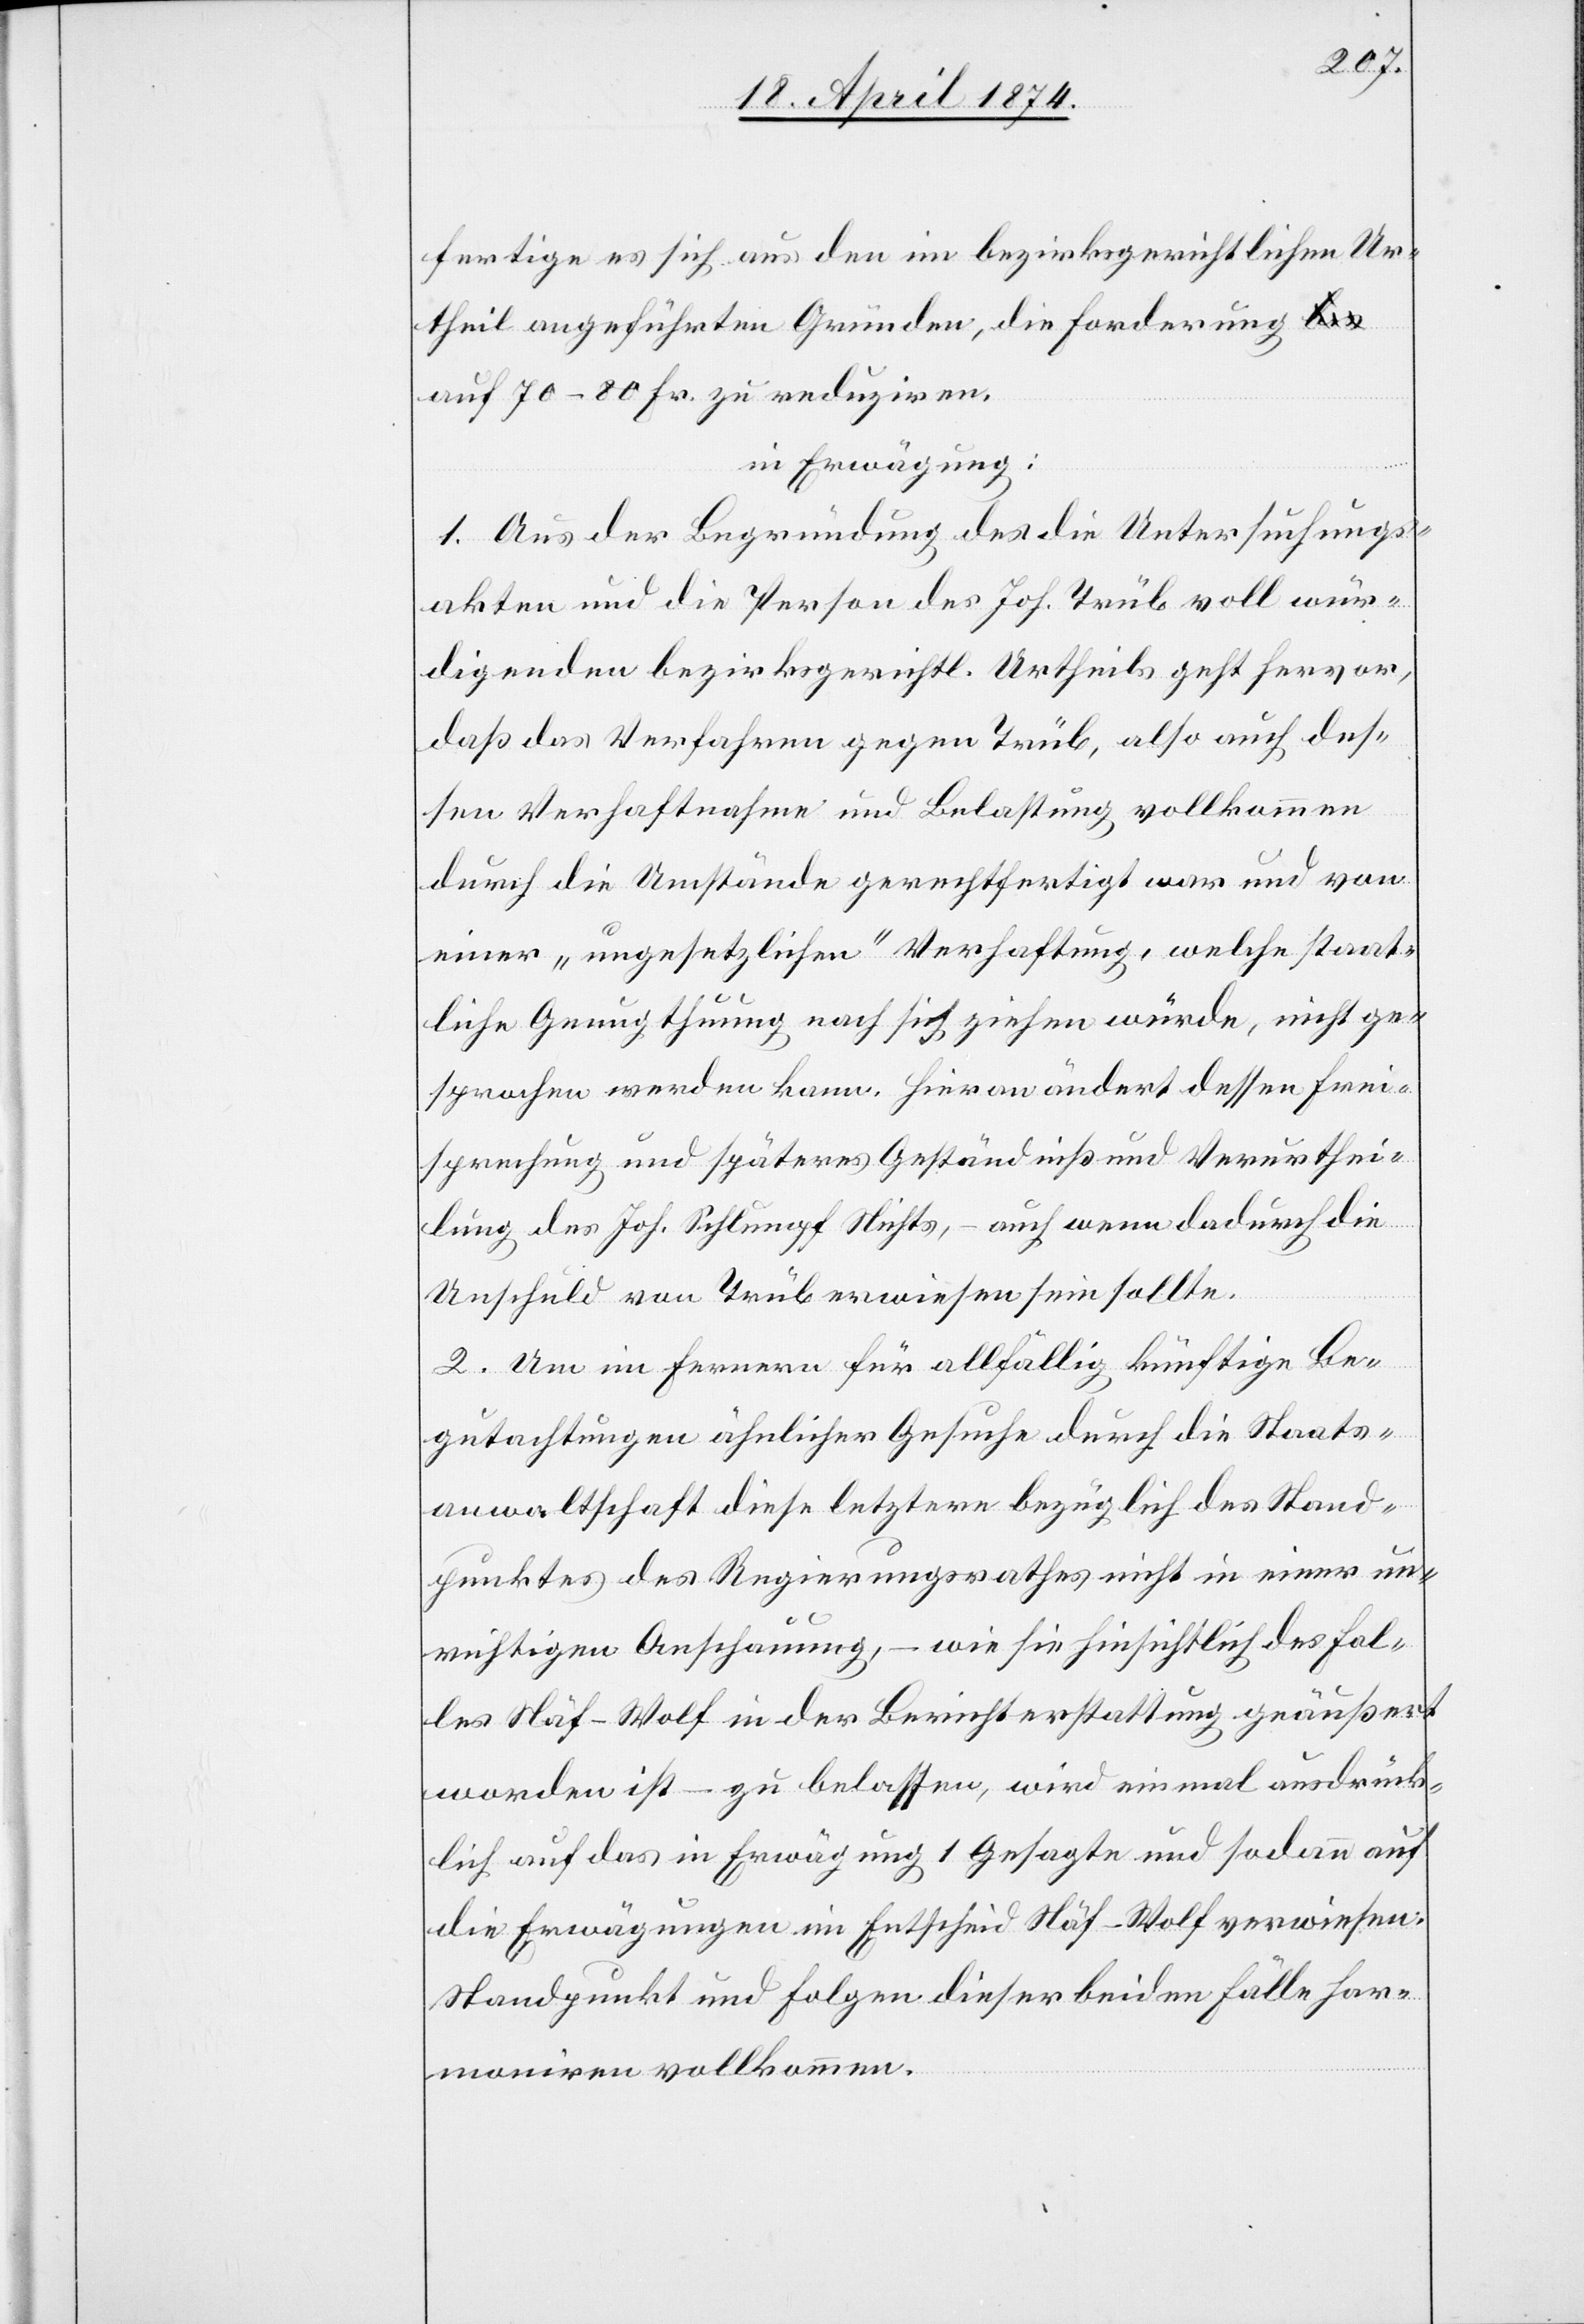
fertige es sich aus den im bezirksgerichtlichen Ur¬
theil angeführten Gründen, die Forderung
auf 70–80 Fr. zu reduziren.
in Erwägung:
1. Aus der Begründung des die Untersuchungs¬
akten und die Person des Joh. Trüb voll wür¬
digenden bezirksgerichtl. Urtheils geht hervor,
daß das Verfahren gegen Trüb, also auch des¬
sen Verhaftnahme und Belastung vollkommen
durch die Umstände gerechtfertigt war und von
einer „ungesetzlichen“ Verhaftung, welche staat¬
liche Genugthuung nach sich ziehen würde, nicht ge¬
sprochen werden kann. Hieran ändert dessen Frei¬
sprechung und späteres Geständniß und Verurthei¬
lung des Joh. Schlumpf Nichts, – auch wenn dadurch die
Unschuld von Trüb erwiesen sein sollte.
2. Um im Fernern für allfällig künftige Be¬
gutachtungen ähnlicher Gesuche durch die Staats¬
anwaltschaft diese letztere bezüglich des Stand¬
punktes des Regierungsrathes nicht in einer un¬
richtigen Anschauung, – wie sie hinsichtlich des Fal¬
les Näf-Wolf in der Berichterstattung geäußert
worden ist – zu belassen, wird einmal ausdrück¬
lich auf das in Erwägung 1 Gesagte und sodann auf
die Erwägungen im Entscheid Näf-Wolf verwiesen:
Standpunkt und Folgen dieser beiden Fälle har¬
moniren vollkommen.